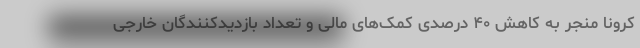
کرونا منجر به کاهش ۴۰ درصدی کمک‌های مالی و تعداد بازدیدکنندگان خارجی